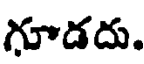
గూడదు.